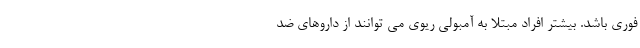
فوری باشد. بیشتر افراد مبتلا به آمبولی ریوی می توانند از داروهای ضد